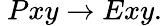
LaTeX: \ Pxy\rightarrow Exy.